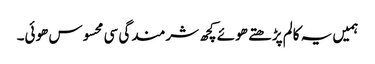
ہمیں یہ کالم پڑھتے ھوئے کچھ شرمندگی سی محسوس ھوئی۔